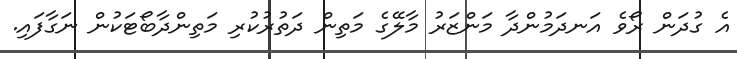
އެ ގުދަން ރޯވެ އަނދަމުންދާ މަންޒަރު މާލޭގެ މަތިން ދަތުރުކުރި މަތިންދާބޯޓަކުން ނަގާފައި.